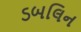
ડબલિન